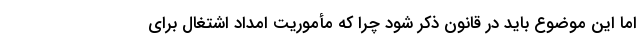
اما این موضوع باید در قانون ذکر شود چرا که مأموریت امداد اشتغال برای